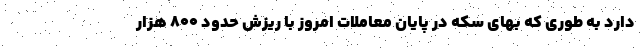
دارد به طوری که بهای سکه در پایان معاملات امروز با ریزش حدود ۸۰۰ هزار